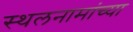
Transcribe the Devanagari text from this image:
स्थलनामांच्या